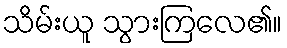
သိမ်းယူ သွားကြလေ၏။